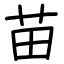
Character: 苗